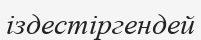
іздестіргендей